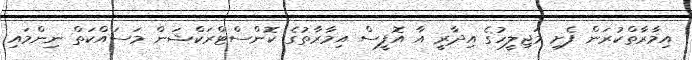
އިމާރާތްކުރަން ފެށި މަޖިލީހުގެ އިދާރީ އާ އޮފީސް އިމާރާތުގެ ކޮންސްޓްރަކްޝަން މަސައްކަތް ނިންމައި